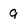
Character: 9